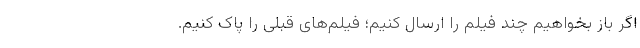
اگر باز بخواهیم چند فیلم را ارسال کنیم؛ فیلم‌های قبلی را پاک کنیم.